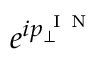
e ^ { i p _ { \perp } ^ { \mathrm { ~ I ~ N ~ } } }